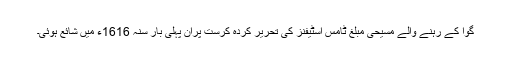
گوا کے رہنے والے مسیحی مبلغ ٹامس اسٹیفنز کی تحریر کردہ کرست پران پہلی بار سنہ 1616ء میں شائع ہوئی۔